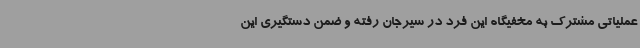
عملیاتی مشترک به مخفیگاه این فرد در سیرجان رفته و ضمن دستگیری این